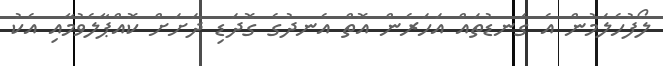
ލޯފުހެލަމުން އެ ގަނޑުތައް އަހަރެން އޮތް އެނދުގެ ގޮދަޑި ދަށަށް ކޮއްޕާލެވުމާއި އެކު